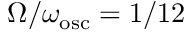
\Omega / \omega _ { \mathrm { o s c } } = 1 / 1 2